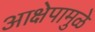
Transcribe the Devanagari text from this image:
आक्षेपामुळे